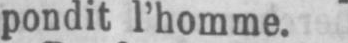
pondit l’homme.